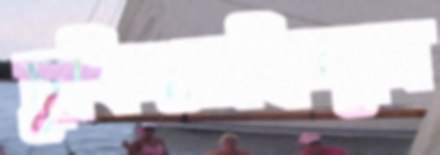
চুকিয়েছিলুম